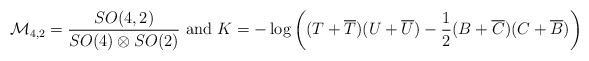
\begin{align*}{\cal M}_{4,2} = \frac{SO(4,2)}{SO(4) \otimes SO(2)}\mbox{ and }K = - \log \left( (T+\overline{T})(U + \overline{U}) - \frac{1}{2}(B + \overline{C})(C + \overline{B}) \right)\end{align*}